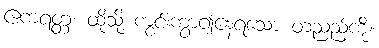
ဧကရတ္တံ၊ ထိုသို့ ကွင်းကွာ၍နေရသော တညည့်ကို။